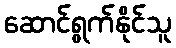
ဆောင်ရွက်နိုင်သူ